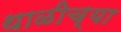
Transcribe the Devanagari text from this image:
थाळीच्या